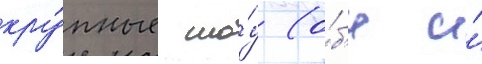
кру́пные шо́у (о́б'е и́